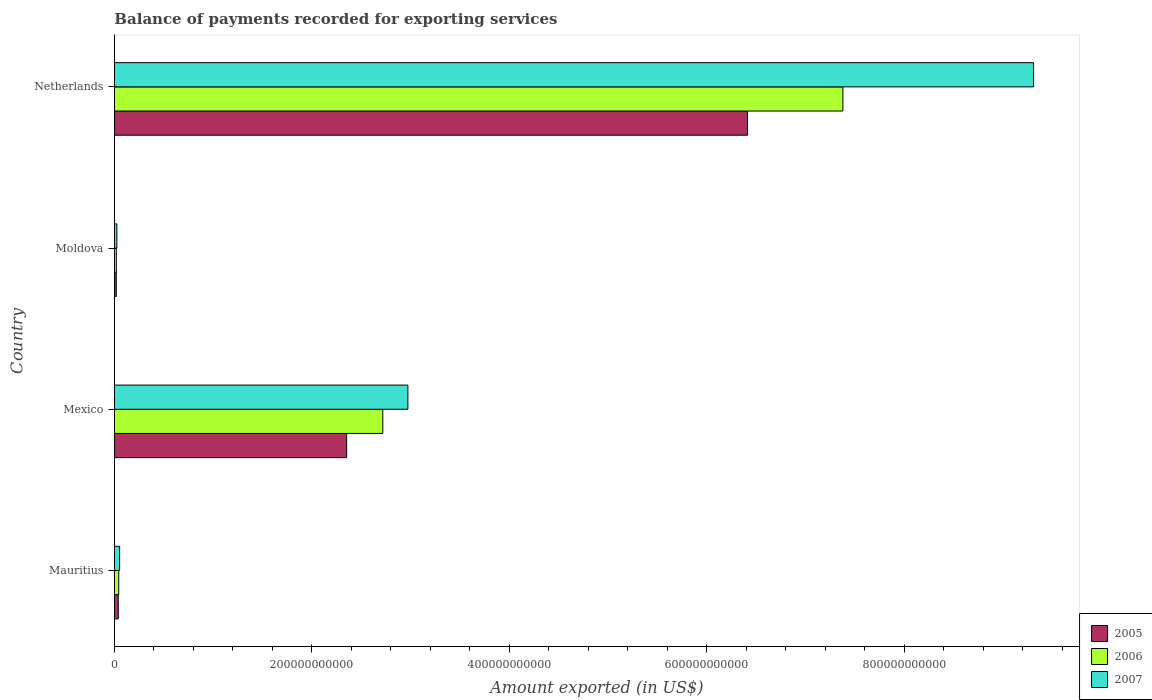
| Country | 2005 | 2006 | 2007 |
 | --- | --- | --- | --- |
 | Mauritius | 3.9e+09 | 4.37e+09 | 5.26e+09 |
 | Mexico | 2.35e+11 | 2.72e+11 | 2.97e+11 |
 | Moldova | 1.87e+09 | 1.93e+09 | 2.46e+09 |
 | Netherlands | 6.41e+11 | 7.38e+11 | 9.31e+11 |